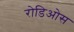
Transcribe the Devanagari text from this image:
रोडिओस